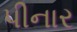
પીનાર